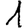
Digit: 1